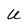
Character: U